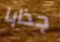
جذابا